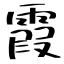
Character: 霞